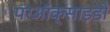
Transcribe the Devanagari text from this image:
परऑक्साइडों